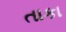
તાકા